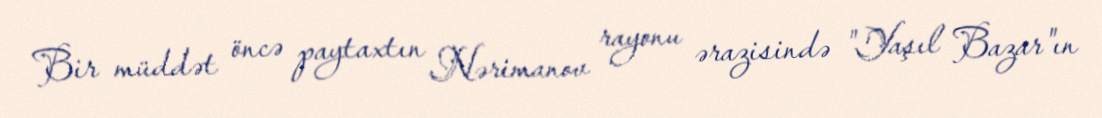
Bir müddət öncə paytaxtın Nərimanov rayonu ərazisində "Yaşıl Bazar"ın